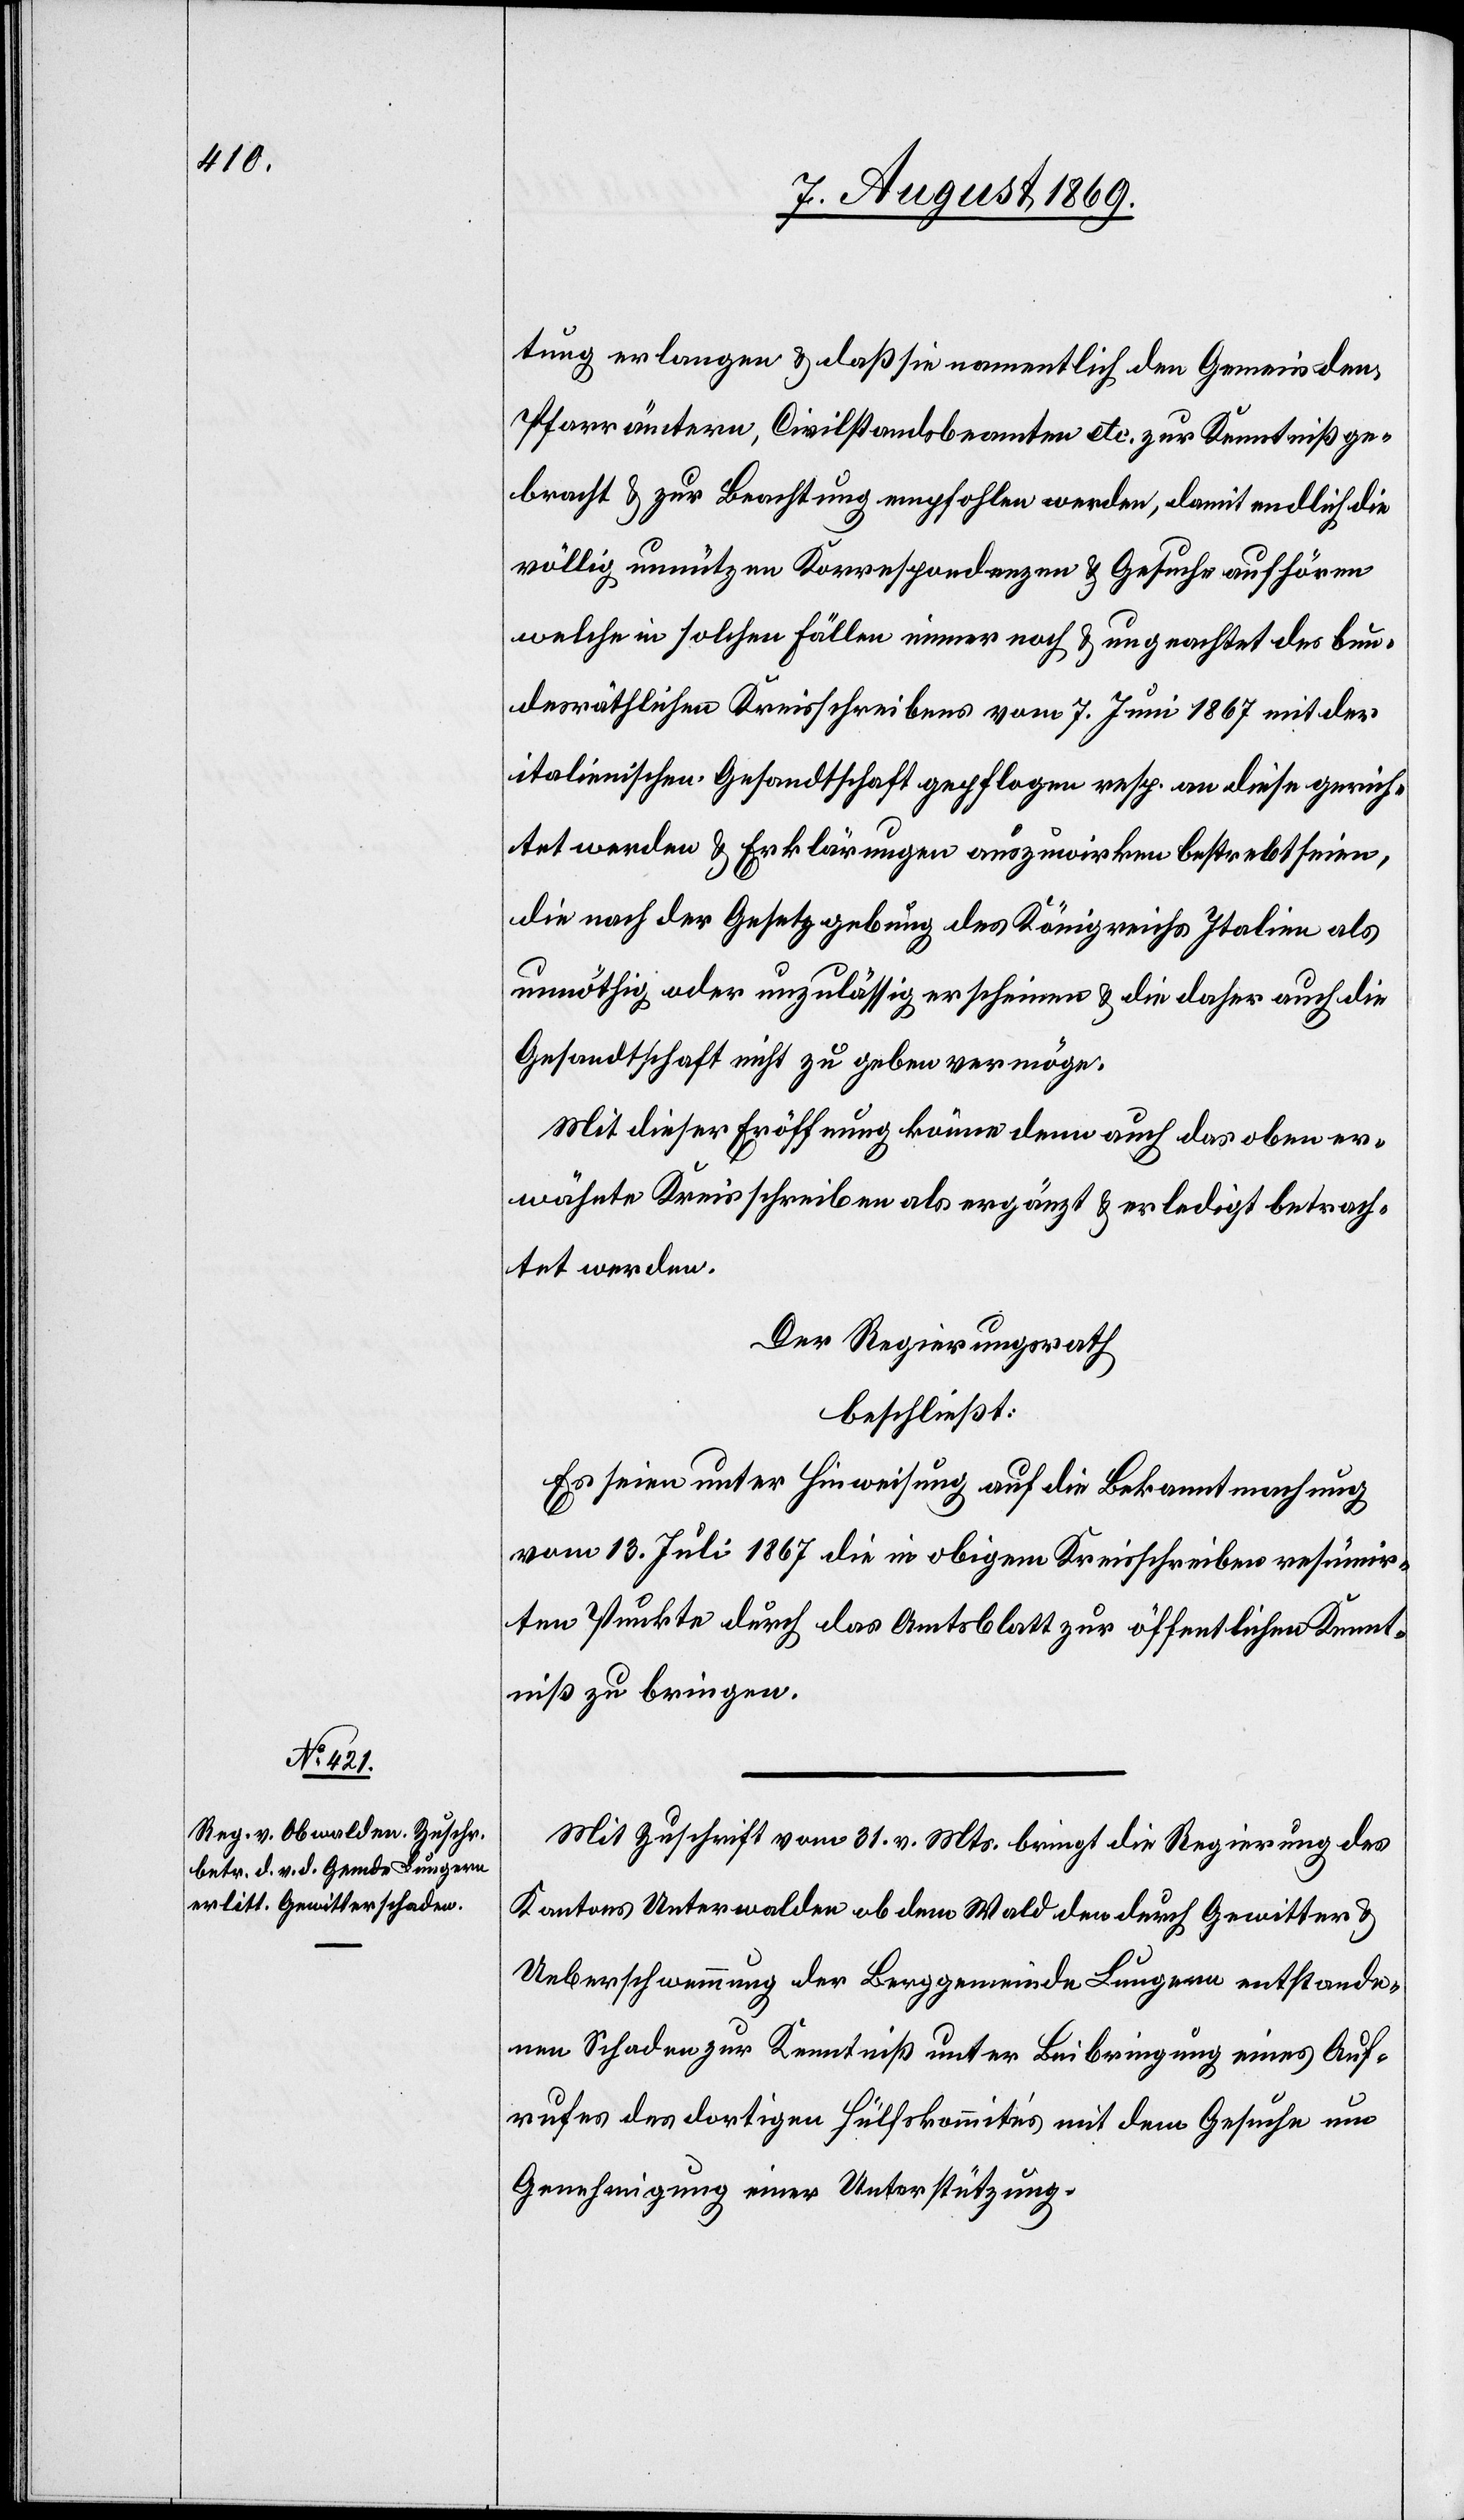
tung erlangen & daß sie namentlich den Gemeind¬
e-Pfarrämtern, Civilstandsbeamten etc. zur Kenntniß ge¬
bracht & zur Beachtung empfohlen werden, damit endlich die
völlig unnützen Korrespondenzen & Gesuche aufhören
welche in solchen Fällen immer noch & ungeachtet des bun¬
desräthlichen Kreisschreibens vom 7 Juni 1867 mit der
italienischen Gesandtschaft gepflogen resp. an diese gerich¬
tet werden & Erklärungen auszuwirken bestrebt seien,
die nach der Gesetzgebung des Königreichs Italien als
unnöthig oder unzulässig erscheinen & die daher auch die
Gesandtschaft nicht zu geben vermöge.
Mit dieser Eröffnung könne denn auch das oben er¬
wähnte Kreisschreiben als ergänzt & erledigt betrach¬
tet werden.
Der Regierungsrath
beschließt:
Es seien unter Hinweisung auf die Bekanntmachung
vom 13 Juli 1867 die in obigem Kreisschreiben resümir¬
ten Punkte durch das Amtsblatt zur öffentlichen Kennt¬
niß zu bringen.
Mit Zuschrift vom 31 v. Mts. bringt die Regierung des
Kantons Unterwalden ob dem Wald den durch Gewitter
Ueberschwemmung der Berggemeinde Lungern entstande¬
nen Schaden zur Kenntniß unter Beibringung eines Auf¬
rufes des dortigen Hülfskomité’s mit dem Gesuche um
Genehmigung einer Unterstützung.